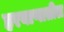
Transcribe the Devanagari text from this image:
हरयाणातील